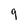
Character: 9